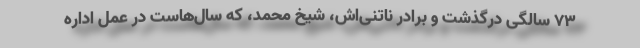
۷۳ سالگی درگذشت و برادر ناتنی‌اش، شیخ محمد، که سال‌هاست در عمل اداره